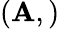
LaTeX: (\mathbf{A},)